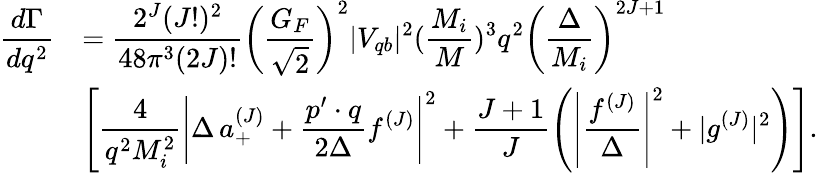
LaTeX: \begin{array}{rl}{{\displaystyle\frac{d\Gamma}{dq^{2}}}}&{{=\displaystyle\frac{2^{J}(J!)^{2}}{48\pi^{3}(2J)!}\left(\frac{G_{F}}{\sqrt{2}}\right)^{2}|V_{qb}|^{2}(\frac{M_{i}}{M})^{3}q^{2}\left(\frac{\Delta}{M_{i}}\right)^{2J+1}}}\\ {{}}&{{\displaystyle\left[\frac{4}{q^{2}M_{i}^{2}}\left|\Delta\, a_{+}^{(J)}+\frac{p^{\prime}\cdot q}{2\Delta}f^{(J)}\right|^{2}+\frac{J+1}{J}\left(\left|\frac{f^{(J)}}{\Delta}\right|^{2}+|g^{(J)}|^{2}\right)\right].}}\end{array}